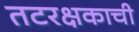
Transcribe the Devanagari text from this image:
तटरक्षकाची